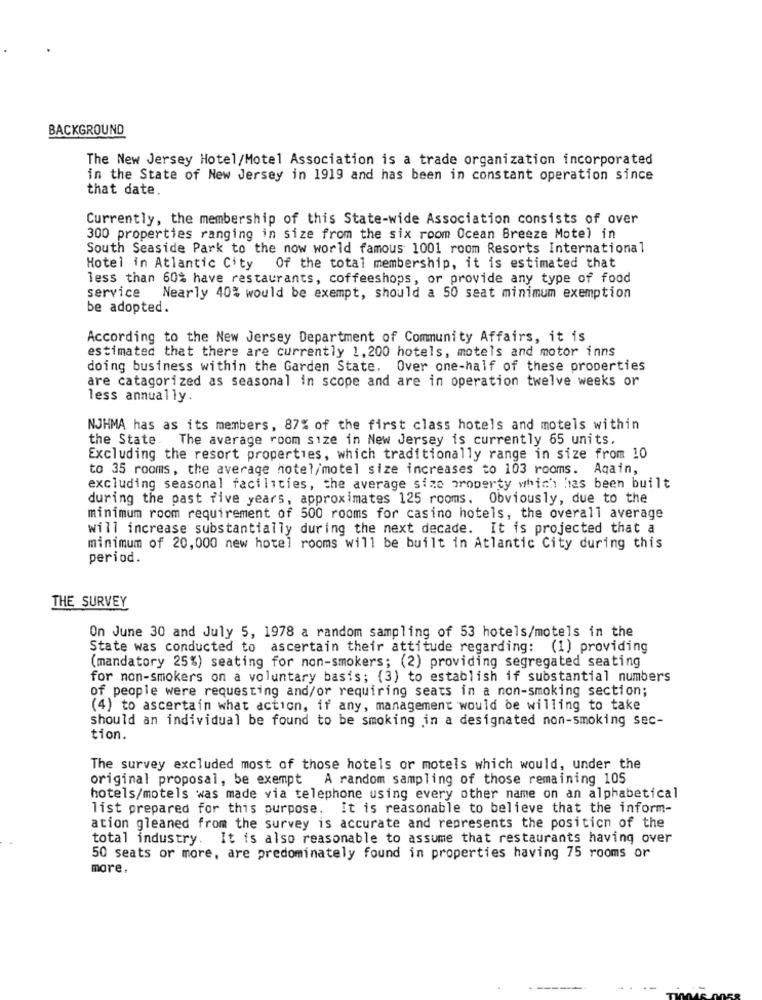
BACKGROUND
The New Jersey Hotel/Motel Association is a trade organization incorporated
in the State of New Jersey in 1919 and has been in constant operation since
that date.
Currently, the membership of this State-wide Association consists of over
300 properties ranging in size from the six room Ocean Breeze Motel in
South Seaside Park to the now world famous 1001 room Resorts International
Hotel in Atlantic City
Of the total membership, it is estimated that
less than 60% have restaurants, coffeeshops, or provide any type of food
service
Nearly 40% would be exempt, should a 50 seat minimum exemption
be adopted.
According to the New Jersey Department of Community Affairs, it is
estimated that there are currently 1,200 hotels, motels and motor inns
doing business within the Garden State. Over one-half of these properties
are catagorized as seasonal in scope and are in operation twelve weeks or
less annually.
NJHMA has as its members, 87% of the first class hotels and motels within
the State. The average room size in New Jersey is currently 65 units.
Excluding the resort properties, which traditionally range in size from 10
to 35 rooms, the average hotel/motel size increases to 103 rooms. Aqain,
excluding seasonal facilities, the average size property which has been built
during the past five years, approximates 125 rooms. Obviously, due to the
minimum room requirement of 500 rooms for casino hotels, the overall average
will increase substantially during the next decade. It is projected that a
minimum of 20,000 new hotel rooms will be built in Atlantic City during this
period.
THE SURVEY
On June 30 and July 5, 1978 a random sampling of 53 hotels/motels in the
State was conducted to ascertain their attitude regarding: (1) providing
(mandatory 25%) seating for non-smokers; (2) providing segregated seating
for non-smokers on a voluntary basis; (3) to establish if substantial numbers
of people were requesting and/or requiring seats in a non-smoking section;
(4) to ascertain what action, if any, management would be willing to take
should an individual be found to be smoking in a designated non-smoking sec-
tion.
The survey excluded most of those hotels or motels which would, under the
original proposal, be exempt A random sampling of those remaining 105
hotels/motels was made via telephone using every other name on an alphabetical
list prepared for this purpose. It is reasonable to believe that the inform-
ation gleaned from the survey is accurate and represents the position of the
total industry. It is also reasonable to assume that restaurants having over
50 seats or more, are predominately found in properties having 75 rooms or
more.
--